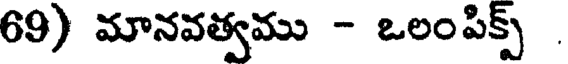
69) మానవత్వము - ఒలంపిక్స్